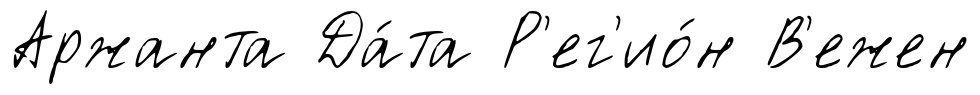
Аржанта Да́та Р'ег'ио́н В'ежен